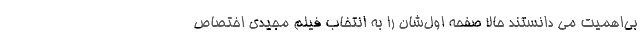
بی‌اهمیت می دانستند حالا صفحه اول‌شان را به انتخاب فیلم مجیدی اختصاص